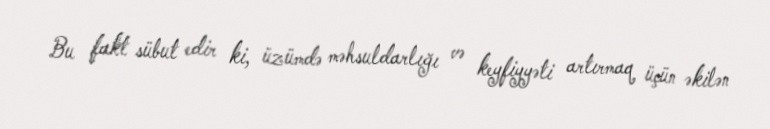
Bu fakt sübut edir ki, üzümdə məhsuldarlığı və keyfiyyəti artırmaq üçün əkilən